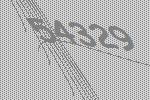
54329